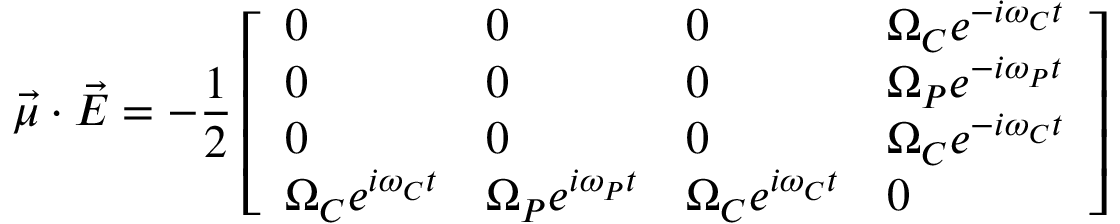
\Vec { \mu } \cdot \Vec { E } = - \frac { 1 } { 2 } \left[ \begin{array} { l l l l } { 0 } & { 0 } & { 0 } & { \Omega _ { C } e ^ { - i \omega _ { C } t } } \\ { 0 } & { 0 } & { 0 } & { \Omega _ { P } e ^ { - i \omega _ { P } t } } \\ { 0 } & { 0 } & { 0 } & { \Omega _ { C } e ^ { - i \omega _ { C } t } } \\ { \Omega _ { C } e ^ { i \omega _ { C } t } } & { \Omega _ { P } e ^ { i \omega _ { P } t } } & { \Omega _ { C } e ^ { i \omega _ { C } t } } & { 0 } \end{array} \right]